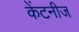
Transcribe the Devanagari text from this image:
केंटनीज